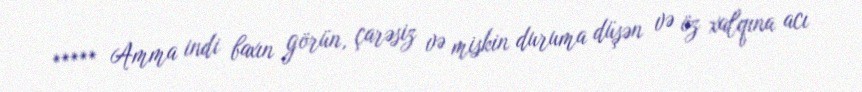
***** Amma indi baxın görün, çarəsiz və miskin duruma düşən və öz xalqına acı